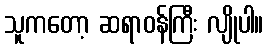
သူကတော့ ဆရာဝန်ကြီး လျိုပါ။